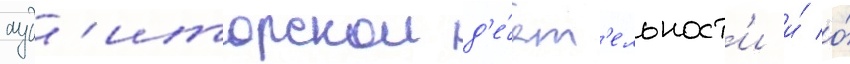
ауд'иторскои д'е́ят'ельност'и и́ о́